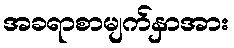
အခရာစာမျက်နှာအား